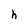
Character: h